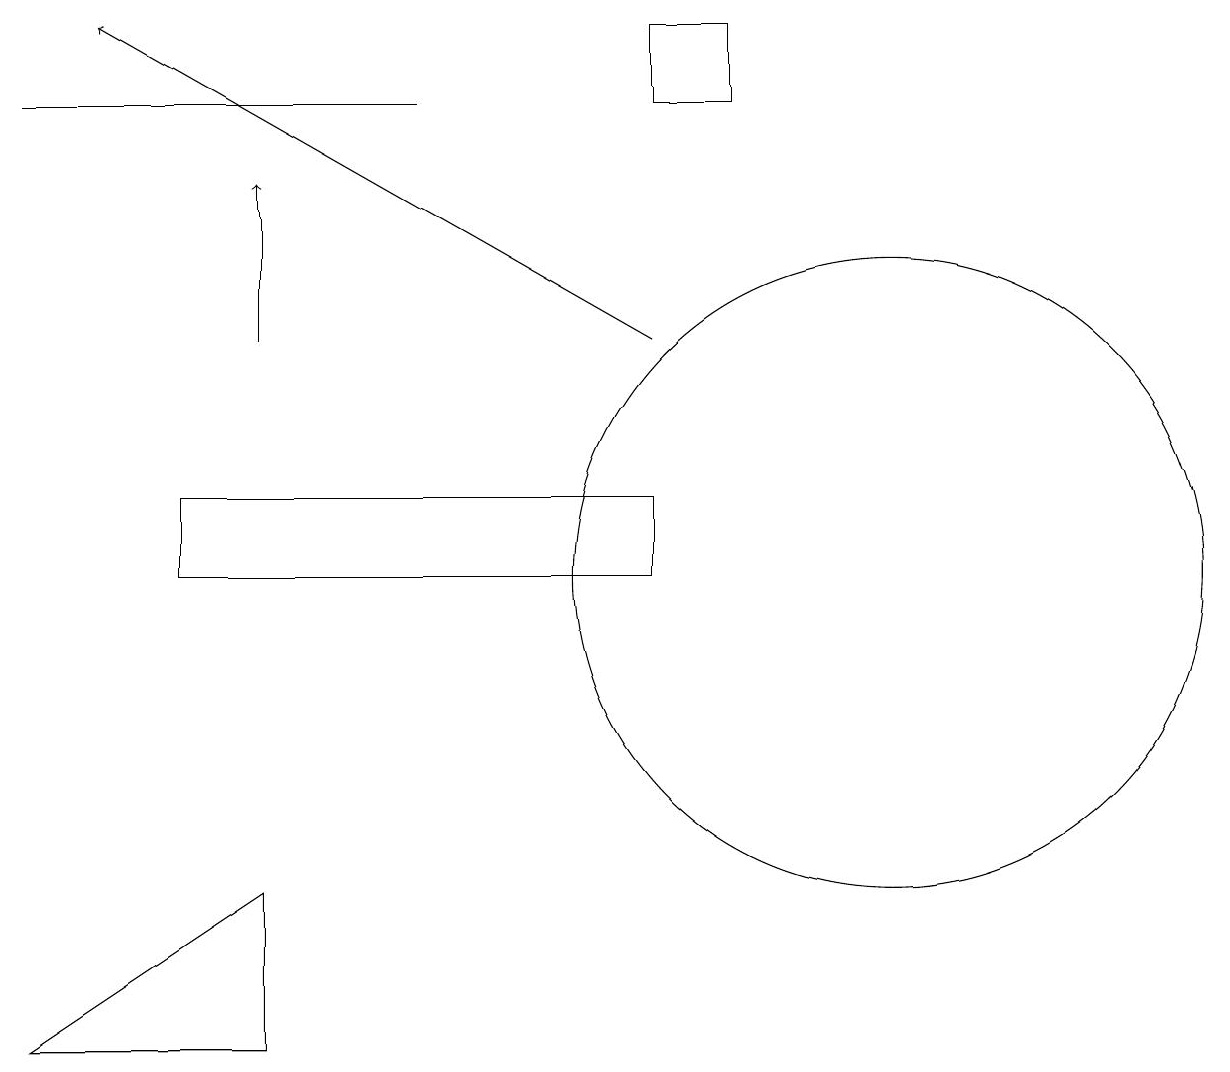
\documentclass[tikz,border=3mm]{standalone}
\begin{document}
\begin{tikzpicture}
\draw (11,10) circle (0);
\draw (9,18) rectangle (8,17);
\draw[->] (8,14) -- (1,18);
\draw (11,11) circle (4);
\draw (3,5) -- (3,7) -- (0,5) -- cycle;
\draw (0,17) rectangle (5,17);
\draw (2,11) rectangle (8,12);
\draw[->] (3,14) -- (3,16);
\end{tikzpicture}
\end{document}